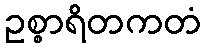
ဥစ္စာရိတကတံ